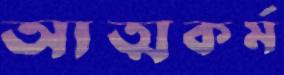
আত্মকর্ম